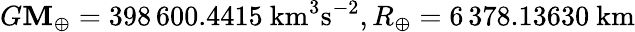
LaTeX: G\mathbf{M}_{\oplus}=398\, 600.4415~\mathrm{{km}}^{3}\mathrm{{s}}^{-2},R_{\oplus}=6\, 378.13630~\mathrm{{km}}